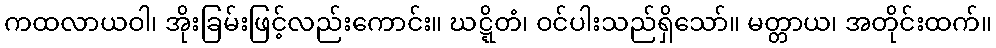
ကထလာယဝါ၊ အိုးခြမ်းဖြင့်လည်းကောင်း။ ဃဋ္ဋိတံ၊ ဝင်ပါးသည်ရှိသော်။ မတ္တာယ၊ အတိုင်းထက်။